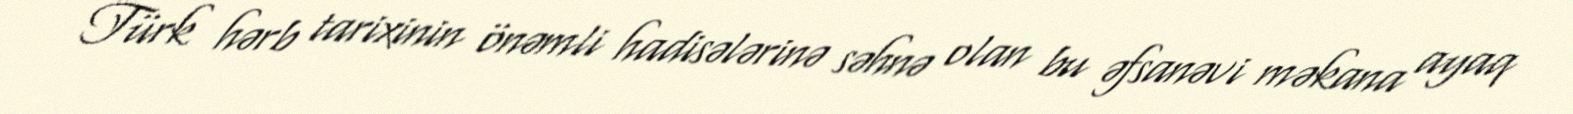
Türk hərb tarixinin önəmli hadisələrinə səhnə olan bu əfsanəvi məkana ayaq